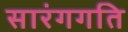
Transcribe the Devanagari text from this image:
सारंगगति